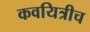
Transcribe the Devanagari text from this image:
कवयित्रीच